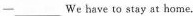
一___we have to stay at home,